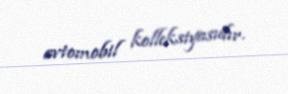
avtomobil kolleksiyasıdır.